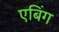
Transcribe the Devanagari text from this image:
एबिंग